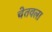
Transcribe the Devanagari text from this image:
चेतवला